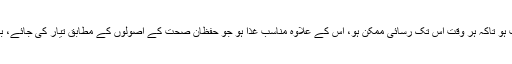
رپورٹ میں یہ سفارشات بھی دی گئیں کہ پینے کا پانی مناسب کنٹینرز میں دستیاب ہو تاکہ ہر وقت اس تک رسائی ممکن ہو، اس کے علاوہ مناسب غذا ہو جو حفظان صحت کے اصولوں کے مطابق تیار کی جائے، بیت الخلا کی کافی تعداد ہو جبکہ دن کے اوقات میں کھلی فضا تک رسائی ممکن ہو۔